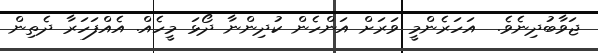
ޖަވާބުދިނެވެ.  އަހަރެންމީ ވަރަށް އަންހެން ކުދިންނާ ދޯޅަ މީހެއް. އެއްފަހަރާ ދެތިން